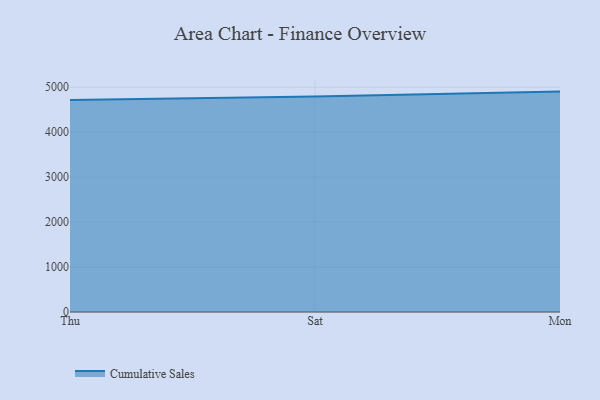
{"axis": {"x": "Day", "y": "Revenue (USD Million)"}, "legend": ["Cumulative Sales"], "data": [{"x": "Thu", "y": 4712.6, "type": "Cumulative Sales"}, {"x": "Sat", "y": 4794.0, "type": "Cumulative Sales"}, {"x": "Mon", "y": 4901.6, "type": "Cumulative Sales"}]}